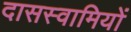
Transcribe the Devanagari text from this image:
दासस्वामियों